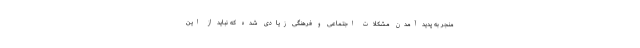
منجر به پدید آمدن مشکلات اجتماعی و فرهنگی زیادی شده که نباید از این